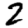
Digit: 2